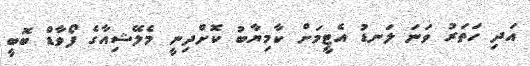
އަދި ހަތަރު ވަނަ ލަނޑު އެޓީމަށް ކާމިޔާބު ކޮށްދިނީ މެލޭޝިއާގެ ފޯވާޑް ބޮބީ